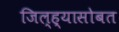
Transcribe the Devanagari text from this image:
जिल्ह्यासोबत